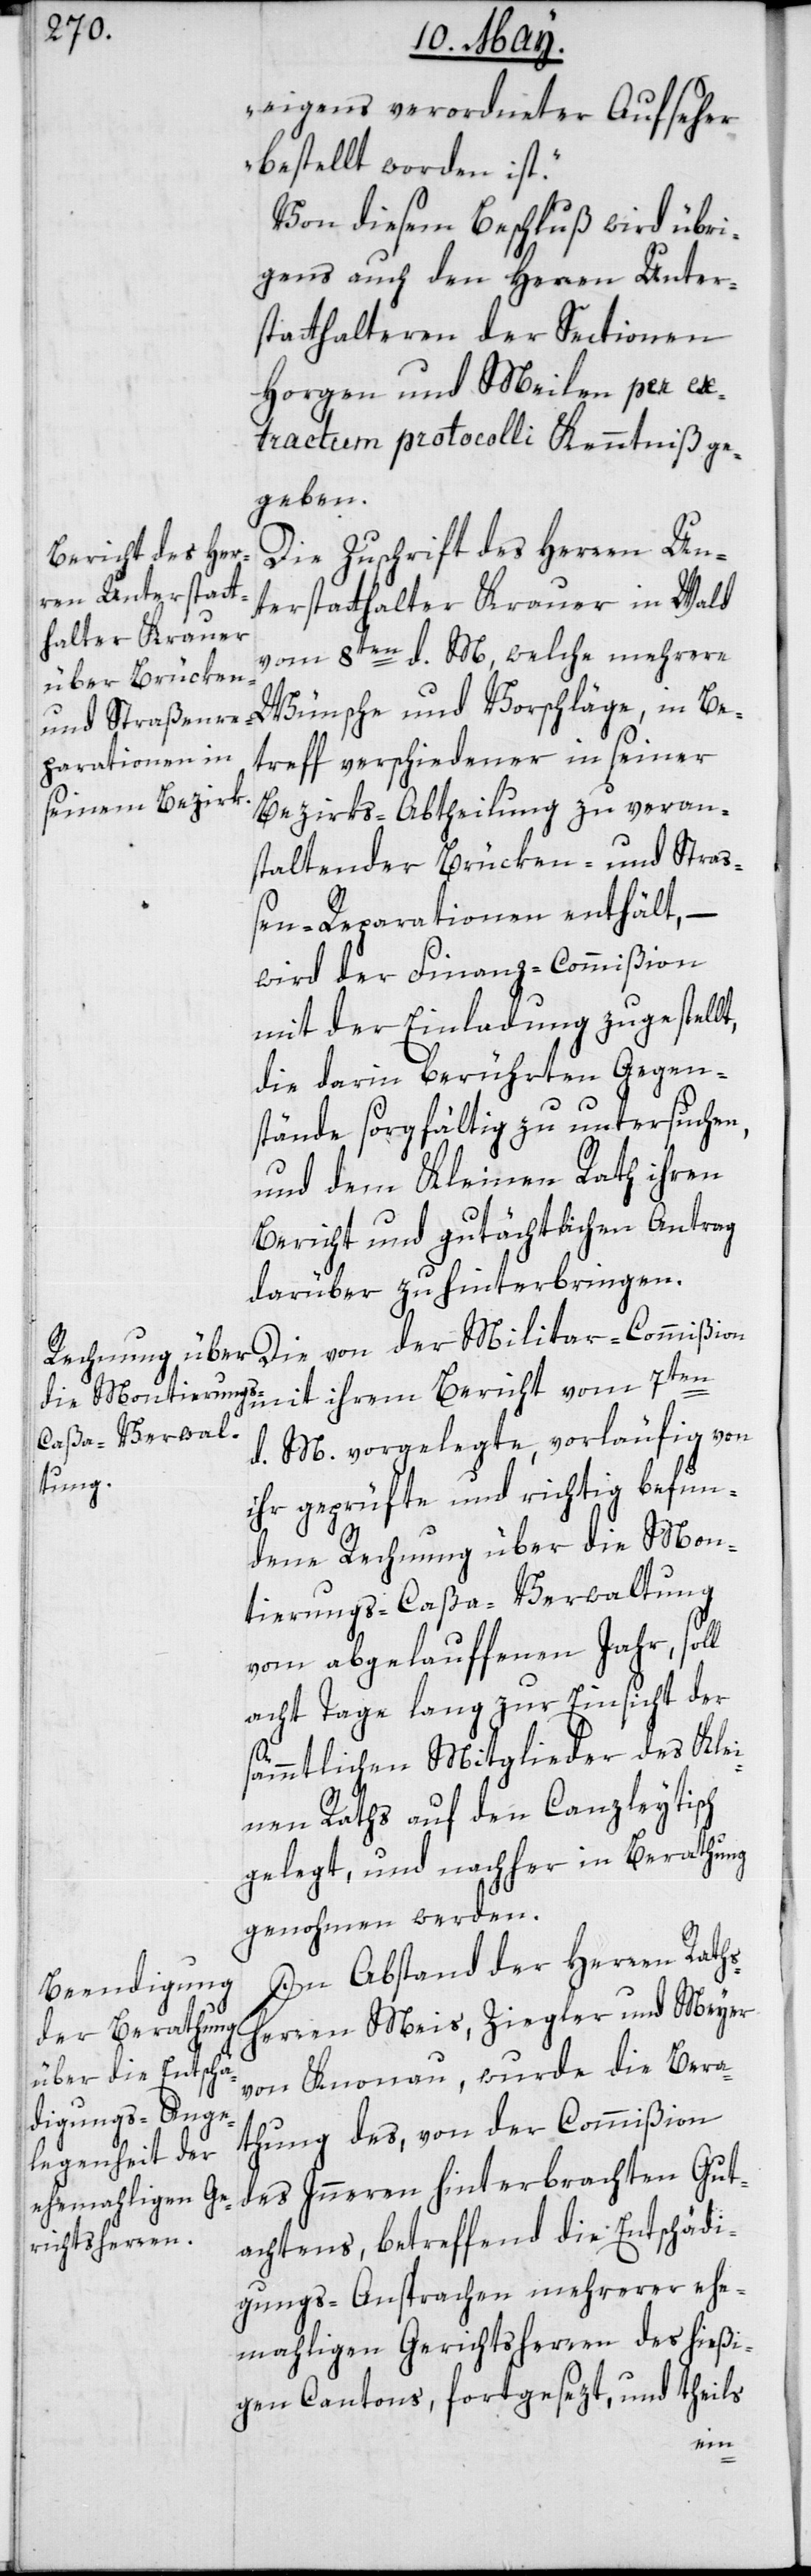
eigens verordneter Aufseher
bestellt worden ist.“
Von diesem Beschluß wird übri¬
gens auch den Herren Unter¬
statthalteren der Sectionen
Horgen und Meilen per ex¬
tractum protocolli Kenntniß ge¬
geben.
Die Zuschrift des Herren Un¬
terstatthalter Krauer in Wald
vom 8ten d. M., welche mehrere
Wünsche und Vorschläge in Be¬
treff verschiedener, in seiner
Bezirks-Abtheilung zu veran¬
staltender Brücken- und Stra¬
ßen-Reparationen enthält, –
wird der Finanz-Commißion
mit der Einladung zugestellt,
die darin berührten Gegen¬
stände sorgfältig zu untersuchen,
und dem Kleinen Rath ihren
Bericht und gutächtlichen Antrag
darüber zu hinterbringen.
Die von der Militar-Commißion
mit ihrem Bericht vom 7ten
d. M. vorgelegte, vorläufig von
ihr geprüfte und richtig befun¬
dene Rechnung über die Mon¬
tierungs-Caßa-Verwaltung
vom abgelauffenen Jahr, soll
acht Tage lang zur Einsicht der
sämmtlichen Mitglieder des Klei¬
nen Raths auf den Canzleytisch
gelegt, und nachher in Berathung
genohmen werden.
In Abstand der Herren Raths¬
herren Meis, Ziegler und Meyer
von Knonau, wurde die Bera¬
thung des, von der Commißion
des Innern hinterbrachten Gut¬
achtens, betreffend die Entschädi¬
gungs-Ansprachen mehrerer ehe¬
maligen Gerichtsherren des hießi¬
gen Cantons, fortgesezt und theils